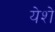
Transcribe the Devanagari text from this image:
येशे